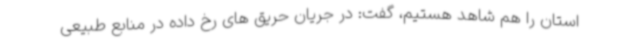
استان را هم شاهد هستیم، گفت: در جریان حریق های رخ داده در منابع طبیعی